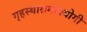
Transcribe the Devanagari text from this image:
गृहस्थाश्रमोपयोगी